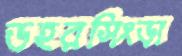
ডহরসিংড়া